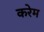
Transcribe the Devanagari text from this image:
करेम